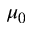
\mu _ { 0 }